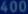
4000000